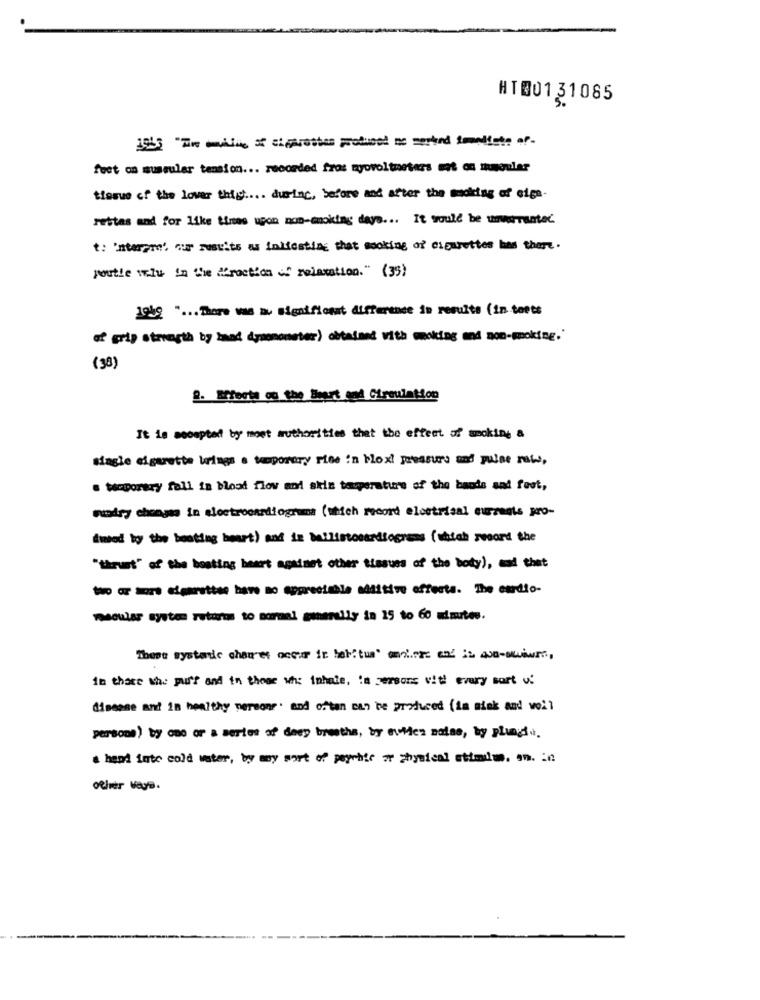
HT001 31085
1953 "The mille of cigarettes produced me merted immediate of-
feet on mussuler tension ... recorded fros nyovoltmeters mot on meuler
tierue of the lover thigh ... during, before and after the undking of eige-
rettas and for like tires upon non-smoking days ... It would be unwarranted
t: 'nterame' our results as indicating that smoking of cigarettes has there.
poutle wielu in the fraction of relaxation." (35)
1959 " ... There was a significant difference in results (in toets
of grip strength by hand dymmonster) obtained with making and non-moking.
(38)
2. Efforts ou the Beart and Circulation
It is accepted by most authorities that the effect of making a
single cigarette brings a temporary rise in bloxi pressure and pulse rate,
. Meporary fall in blood flow and skis tasperature of the hands and feet,
sundry chong in electrocardiograma (which moord electrical currents pro-
(med by the beating heart) and in ballistocardiograms (which record the
"thrust" of the hosting heart againet other tissues of the body), and that
two or sons elgarattse have no appreciable additive effecta. The cardio-
macular system returns to normal generally in 15 to 60 minutes.
These systade char'et occur ir beh: tus' amol.rze end is 48-swiwr",
in these whe yurt and in these wh inhale, in persons with every sort of
disease and in healthy persone' and often can be produced (im mink and woil
persons) by one or a series of deep breaths, by sutien maise, by plungto.
hand fate cold water, by my sort of psychic or physical stholm, on. in